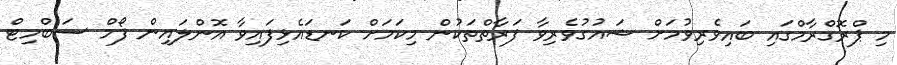
މި ޕްރޮގްރާމްގައި ބައިވެރިވުމަށް ޝައުގުވެރިވާ ފަރާތްތަކުން މިކަމަށް ކަނޑައެޅިފައިވާ އޮންލައިން ފޯމް ސަބްމިޓް